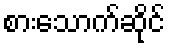
စားသောက်ဆိုင်